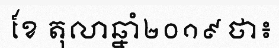
ខែ តុលាឆ្នាំ២០១៩ ថា៖